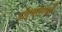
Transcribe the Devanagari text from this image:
दीर्घतरंगों